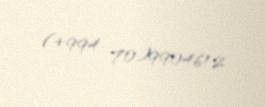
(+994 70)9904612